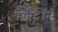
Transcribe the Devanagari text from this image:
लिट्टॉन